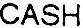
CASH